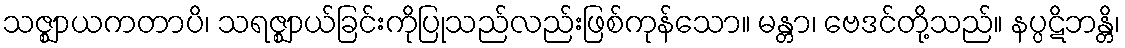
သဇ္ဈာယကတာပိ၊ သရဇ္ဈာယ်ခြင်းကိုပြုသည်လည်းဖြစ်ကုန်သော။ မန္တာ၊ ဗေဒင်တို့သည်။ နပ္ပဋိဘန္တိ၊